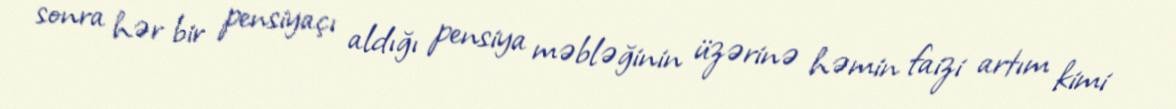
sonra hər bir pensiyaçı aldığı pensiya məbləğinin üzərinə həmin faizi artım kimi